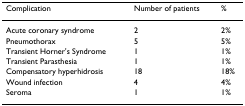
| Complication | Number of patients | % |
 | --- | --- | --- |
 | Acute coronary syndrome | 2 | 2% |
 | Pneumothorax | 5 | 5% |
 | Transient Horner's Syndrome | 1 | 1% |
 | Transient Parasthesia | 1 | 1% |
 | Compensatory hyperhidrosis | 18 | 18% |
 | Wound infection | 4 | 4% |
 | Seroma | 1 | 1% |